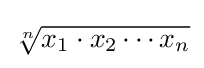
{\sqrt[{n}]{x_{1}\cdot x_{2}\cdots x_{n}}}